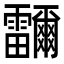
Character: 鿨